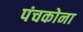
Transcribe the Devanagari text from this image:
पंचकोना